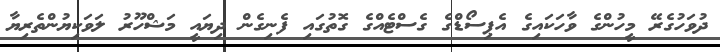
ދުވަހުގެރޭ މީހުންގެ ވާހަކައިގެ އެޕިސޯޑްގެ ގެސްޓެއްގެ ގޮތުގައި ފެނިގެން ދިޔައީ މަޝްހޫރު ލަވަކިޔުންތެރިޔާ